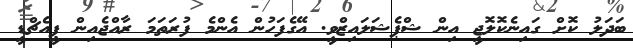
ބަދަލު ކޮށް ގައިނެކޮލޮޖީ އިން ޝްޕެޝަލައިޒްވީ. އޭގެފަހުން އެެންމެ ފުރަތަމަ ރާއްޖެއިން ޕީއެޗްޑީ